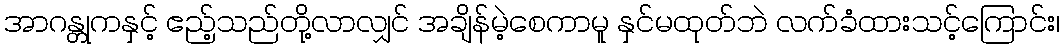
အာဂန္တုကနှင့် ဧည့်သည်တို့လာလျှင် အချိန်မဲ့စေကာမူ နှင်မထုတ်ဘဲ လက်ခံထားသင့်ကြောင်း၊